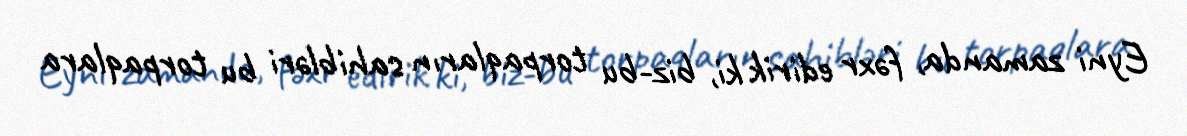
Eyni zamanda, fəxr edirik ki, biz-bu torpaqların sahibləri bu torpaqlara